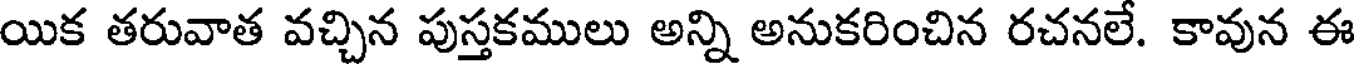
యిక తరువాత వచ్చిన పుస్తకములు అన్ని అనుకరించిన రచనలే. కావున ఈ